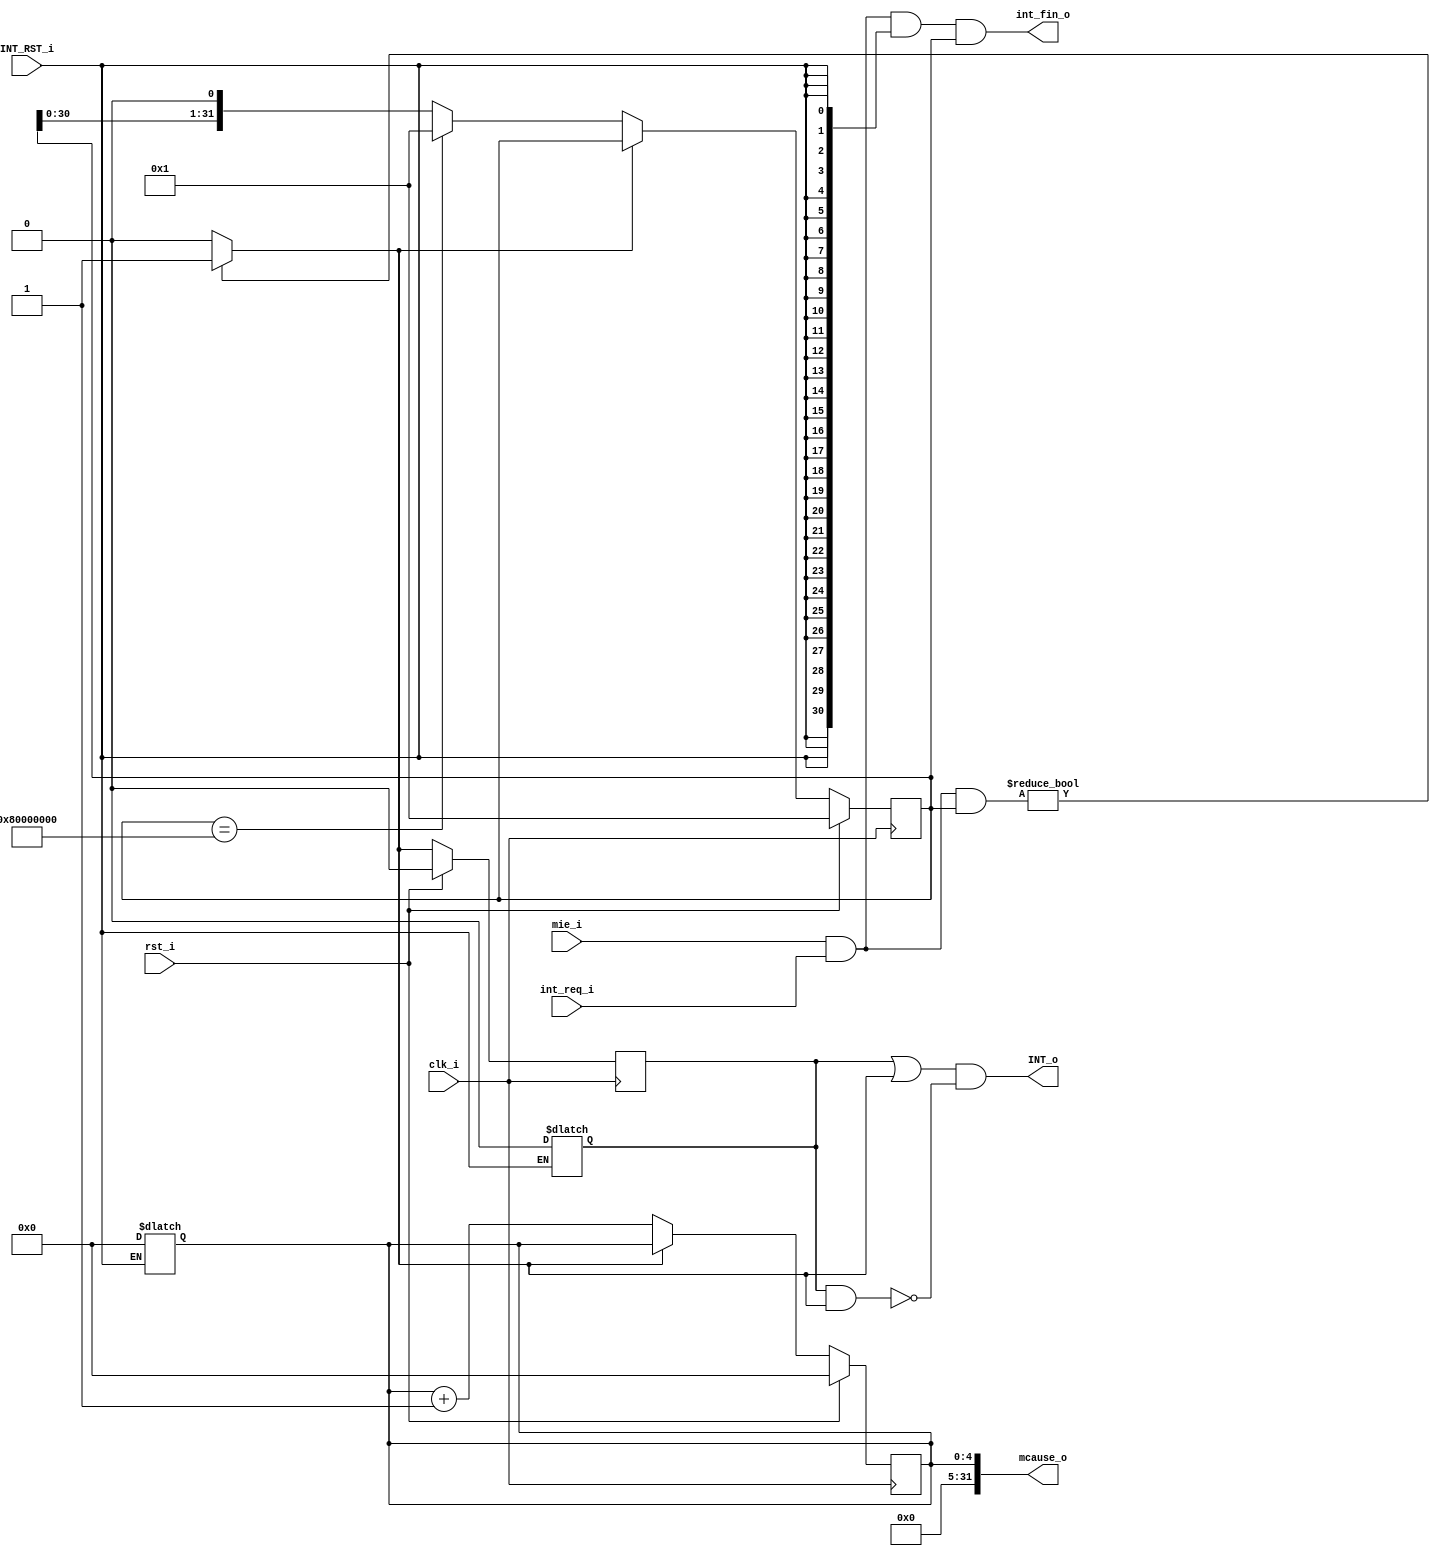
`define INT_COUNT 1
module miriscv_interrupt_contr(
    input           clk_i,
    input           rst_i,
    input [31:0]    mie_i,
    input [31:0]    int_req_i,
    input           INT_RST_i, // 
    output [31:0]   mcause_o,
    output [31:0]   int_fin_o,
    output          INT_o
);

wire       en;

reg [4:0]  counter;
reg        INT_reg;
reg [31:0] dec;

assign mcause_o = {27'h0000000,counter};
assign int_fin_o = (mie_i&int_req_i)&{31{INT_RST_i}}&dec;
assign en = ((mie_i & int_req_i) & dec)!=0 ? 1 : 0;
assign INT_o = (INT_reg || en)&&(!(INT_reg && en));


always @(*) begin
    if (INT_RST_i) begin
        INT_reg <= 0;
        counter <= 0;   
    end
end

always @(posedge clk_i) begin
    if (rst_i) begin
        counter <= 0;
        dec <= 1;
        INT_reg <= 0;
    end 
    else begin
        
        INT_reg <= en || en;  

        if (!en) begin            
            counter <= counter + 1;
            case (dec)
                32'h80000000: begin 
                    dec <= 1;
                    
                end
                default: begin 
                    dec <= dec << 1;
                    
                end
            endcase
            
        end
    end
end


endmodule